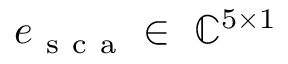
e _ { \mathrm { ~ s ~ c ~ a ~ } } \in \ \mathbb { C } ^ { 5 \times 1 }